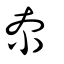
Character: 夵